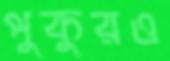
পুকুরও